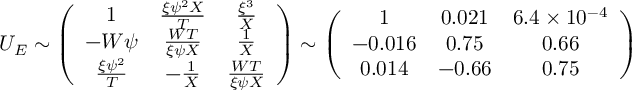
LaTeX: U _ { E } \sim \left( \begin{array} { c c c } { { 1 } } & { { \frac { \xi \psi ^ { 2 } X } { T } } } & { { \frac { \xi ^ { 3 } } { X } } } \\ { { - W \psi } } & { { \frac { W T } { \xi \psi X } } } & { { \frac { 1 } { X } } } \\ { { \frac { \xi \psi ^ { 2 } } { T } } } & { { - \frac { 1 } { X } } } & { { \frac { W T } { \xi \psi X } } } \end{array} \right) \sim \left( \begin{array} { c c c } { { 1 } } & { { 0 . 0 2 1 } } & { { 6 . 4 \times 1 0 ^ { - 4 } } } \\ { { - 0 . 0 1 6 } } & { { 0 . 7 5 } } & { { 0 . 6 6 } } \\ { { 0 . 0 1 4 } } & { { - 0 . 6 6 } } & { { 0 . 7 5 } } \end{array} \right)